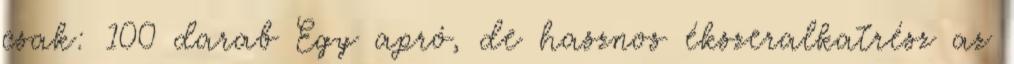
csak: 100 darab Egy apró, de hasznos ékszeralkatrész az